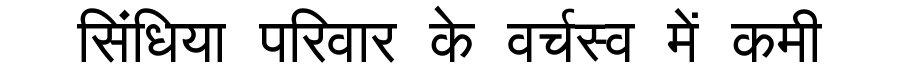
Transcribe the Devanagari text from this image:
सिंधिया परिवार के वर्चस्व में कमी